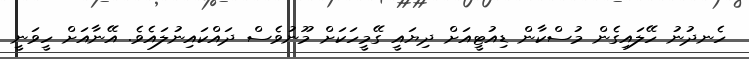
ހެނދުނު ހޭލައިގެން މުސްކާން ޑިއުޓީއަށް ދިޔައީ ގޭމީހަކަށް މޫނުވެސް ދައްކައިނުލައެވެ. އޭނާއަށް ހީވަނީ